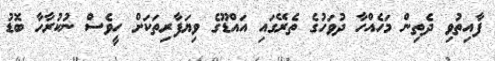
ފާއިތުވި ދެތިން މަހެއްހާ ދުވަހުގެ ތެރޭގައި އައްޑޫގެ ވިޔަފާރިތަކަށް ހީވެސް ނުކުރާހާ ބޮޑު